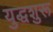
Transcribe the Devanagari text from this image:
युद्धशुरू